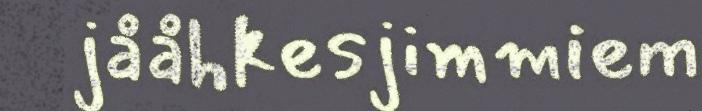
jååhkesjimmiem